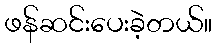
ဖန်ဆင်းပေးခဲ့တယ်။